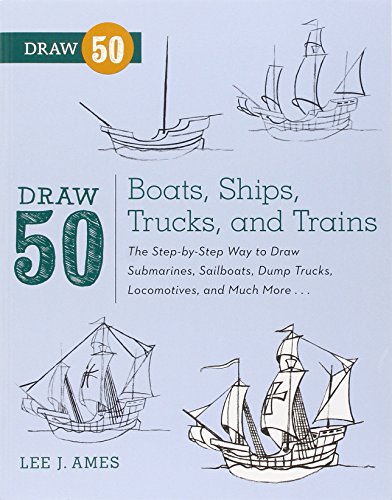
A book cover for Draw 50 Boats, Ships, Trucks, and Trains: The Step-by-Step Way to Draw Submarines, Sailboats, Dump Trucks, Locomotives, and Much More...; Lee J. Ames; Children's Books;